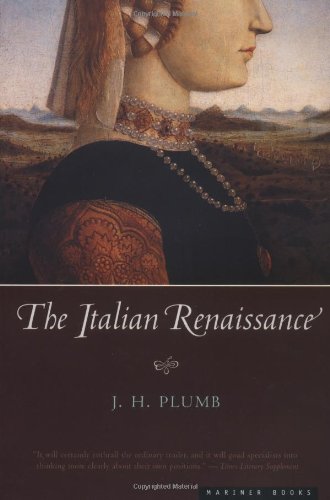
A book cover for The Italian Renaissance; J.H. Plumb; History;